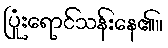
ပြုံးရောင်သန်းနေ၏။